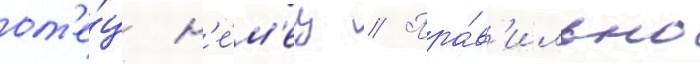
от'е́ц н'е́м'ец // Пра́в'ильно